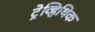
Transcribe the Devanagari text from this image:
ट्रेव्हिथिक